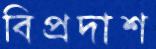
বিপ্রদাশ